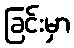
ခြင်းမှာ